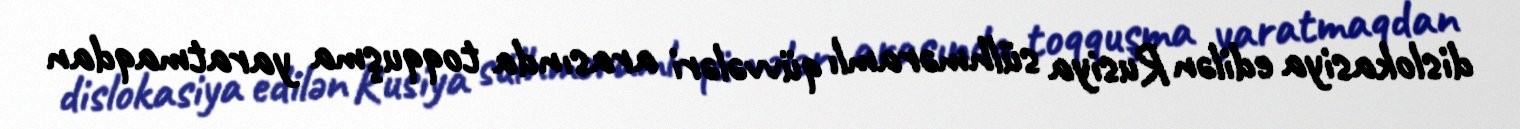
dislokasiya edilən Rusiya sülhməramlı qüvvələri arasında toqquşma yaratmaqdan